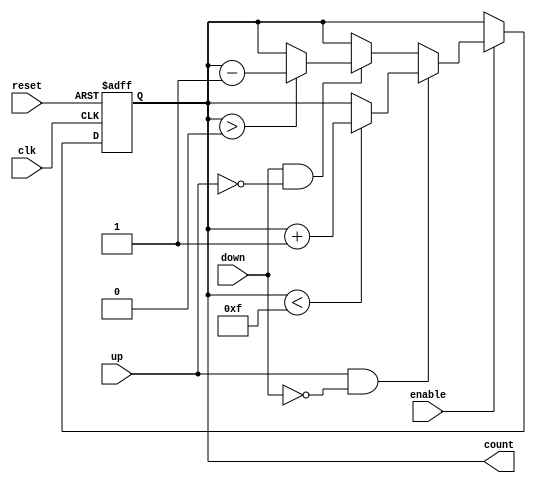
module UpDownCounter (
    input wire clk,           // Clock signal
    input wire reset,         // Asynchronous reset signal
    input wire enable,        // Count enable signal
    input wire up,           // Count up signal
    input wire down,         // Count down signal
    output reg [3:0] count   // 4-bit output count value
);

    // Maximum count value for a 4-bit counter
    localparam MAX_COUNT = 4'b1111; // 15 in decimal
    localparam RESET_VALUE = 4'b0000; // Reset value

    // Asynchronous reset and counting logic
    always @(posedge clk or posedge reset) begin
        if (reset) begin
            count <= RESET_VALUE; // Reset the count to 0
        end else if (enable) begin
            if (up && !down) begin
                if (count < MAX_COUNT) begin
                    count <= count + 1; // Increment count
                end
            end else if (down && !up) begin
                if (count > 0) begin
                    count <= count - 1; // Decrement count
                end
            end
            // If both up and down are asserted, do nothing (no change)
        end
    end

endmodule